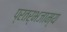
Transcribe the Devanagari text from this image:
प्रतर्भजाम्य